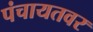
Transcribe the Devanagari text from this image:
पंचायतवर